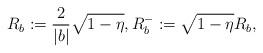
LaTeX: \begin{align*} R_{b}:=\frac{2}{|b|}\sqrt{1-\eta}, R_{b}^{-}:=\sqrt{1-\eta}R_{b},\end{align*}